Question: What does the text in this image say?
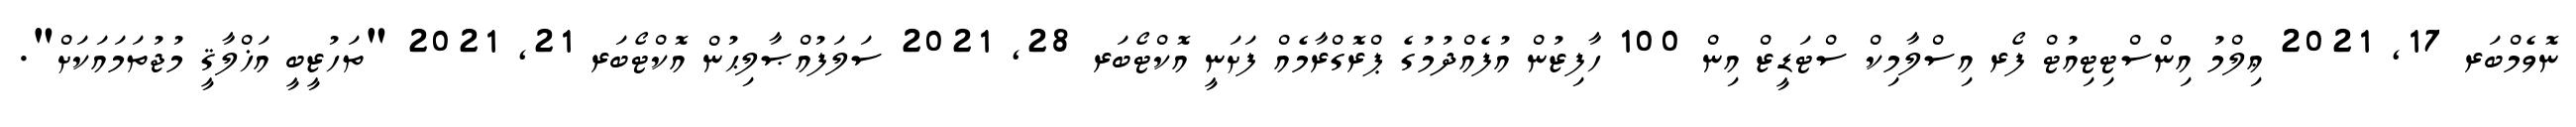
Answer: ނޮވެމްބަރ 17, 2021 ޢިލްމު އިންސްޓިޓިއުޓް ފޯރ އިސްލާމިކް ސްޓަޑީޒް އިން 100 ހާފިޒުން އުފެއްދުމުގެ ޕްރޮގްރާމެއް ފަށަނީ އޮކްޓޯބަރ 28, 2021 ސަލަފުއްޞާލިޙުން އޮކްޓޯބަރ 21, 2021 "ތަހުޒީބީ އަޚްލާޤީ މުޖުތަމައަކަށް".